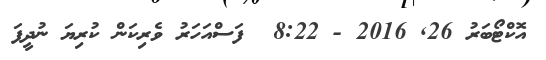
އޮކްޓޯބަރު 26